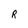
Character: R